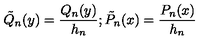
\tilde { Q } _ { n } ( y ) = \frac { Q _ { n } ( y ) } { h _ { n } } ; \tilde { P } _ { n } ( x ) = \frac { P _ { n } ( x ) } { h _ { n } }